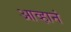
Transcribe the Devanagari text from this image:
आव्हानं